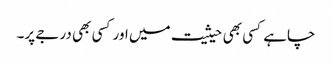
چاہے کسی بھی حیثیت میں اور کسی بھی درجے پر۔